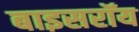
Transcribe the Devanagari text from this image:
बाइसरॉय